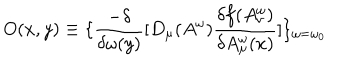
LaTeX: O ( x , y ) \equiv \{ \frac { - \delta } { \delta \omega ( y ) } [ D _ { \mu } ( A ^ { \omega } ) \frac { \delta f ( A _ { \nu } ^ { \omega } ) } { \delta A _ { \mu } ^ { \omega } ( x ) } ] \} _ { \omega = \omega _ { 0 } }